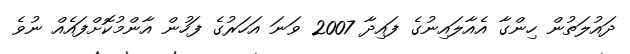
ދައުލަތުން ހިންގާ އެއާލައިނުގެ ފައިދާ 2007 ވަނަ އަހަރުގެ ފަހުން އާންމުކޮށްފައެއް ނުވެ